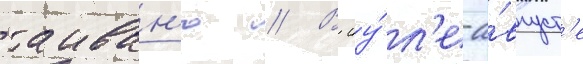
таиван'ю // В иу́л'е-а́вгуст'е